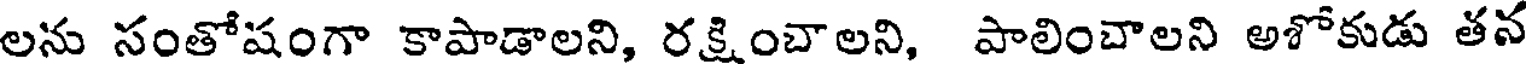
లను సంతోషంగా కాపాడాలని, రక్షించాలని, పాలించాలని అశోకుడు తన